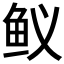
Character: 𲍇